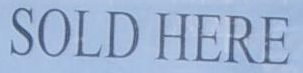
SOLD HERE